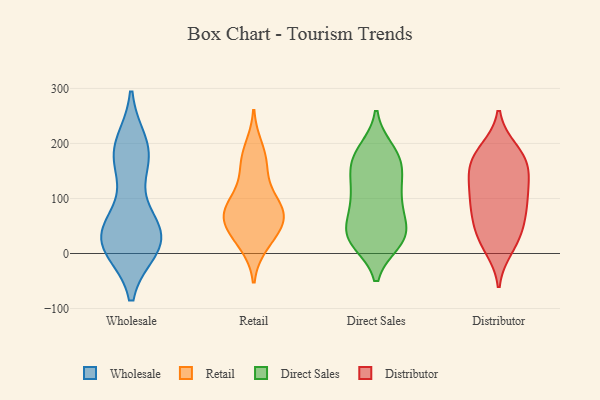
{"axis": {"x": "Latency (ms)", "y": "Value"}, "legend": ["Direct Sales", "Distributor", "Retail", "Wholesale"], "data": [{"x": "", "y": 26, "type": "Wholesale"}, {"x": "", "y": 167, "type": "Wholesale"}, {"x": "", "y": 18, "type": "Wholesale"}, {"x": "", "y": 15, "type": "Wholesale"}, {"x": "", "y": 11, "type": "Wholesale"}, {"x": "", "y": 36, "type": "Wholesale"}, {"x": "", "y": 185, "type": "Wholesale"}, {"x": "", "y": 25, "type": "Wholesale"}, {"x": "", "y": 44, "type": "Wholesale"}, {"x": "", "y": 173, "type": "Wholesale"}, {"x": "", "y": 25, "type": "Wholesale"}, {"x": "", "y": 198, "type": "Wholesale"}, {"x": "", "y": 185, "type": "Wholesale"}, {"x": "", "y": 68, "type": "Wholesale"}, {"x": "", "y": 116, "type": "Retail"}, {"x": "", "y": 15, "type": "Retail"}, {"x": "", "y": 87, "type": "Retail"}, {"x": "", "y": 87, "type": "Retail"}, {"x": "", "y": 161, "type": "Retail"}, {"x": "", "y": 56, "type": "Retail"}, {"x": "", "y": 60, "type": "Retail"}, {"x": "", "y": 52, "type": "Retail"}, {"x": "", "y": 65, "type": "Retail"}, {"x": "", "y": 81, "type": "Retail"}, {"x": "", "y": 193, "type": "Retail"}, {"x": "", "y": 24, "type": "Retail"}, {"x": "", "y": 164, "type": "Retail"}, {"x": "", "y": 37, "type": "Direct Sales"}, {"x": "", "y": 24, "type": "Direct Sales"}, {"x": "", "y": 21, "type": "Direct Sales"}, {"x": "", "y": 85, "type": "Direct Sales"}, {"x": "", "y": 104, "type": "Direct Sales"}, {"x": "", "y": 145, "type": "Direct Sales"}, {"x": "", "y": 119, "type": "Direct Sales"}, {"x": "", "y": 186, "type": "Direct Sales"}, {"x": "", "y": 175, "type": "Direct Sales"}, {"x": "", "y": 172, "type": "Direct Sales"}, {"x": "", "y": 155, "type": "Direct Sales"}, {"x": "", "y": 83, "type": "Direct Sales"}, {"x": "", "y": 58, "type": "Direct Sales"}, {"x": "", "y": 32, "type": "Direct Sales"}, {"x": "", "y": 188, "type": "Direct Sales"}, {"x": "", "y": 21, "type": "Direct Sales"}, {"x": "", "y": 38, "type": "Direct Sales"}, {"x": "", "y": 33, "type": "Direct Sales"}, {"x": "", "y": 150, "type": "Direct Sales"}, {"x": "", "y": 103, "type": "Direct Sales"}, {"x": "", "y": 95, "type": "Distributor"}, {"x": "", "y": 96, "type": "Distributor"}, {"x": "", "y": 10, "type": "Distributor"}, {"x": "", "y": 100, "type": "Distributor"}, {"x": "", "y": 128, "type": "Distributor"}, {"x": "", "y": 71, "type": "Distributor"}, {"x": "", "y": 155, "type": "Distributor"}, {"x": "", "y": 56, "type": "Distributor"}, {"x": "", "y": 164, "type": "Distributor"}, {"x": "", "y": 153, "type": "Distributor"}, {"x": "", "y": 124, "type": "Distributor"}, {"x": "", "y": 186, "type": "Distributor"}, {"x": "", "y": 21, "type": "Distributor"}, {"x": "", "y": 27, "type": "Distributor"}, {"x": "", "y": 55, "type": "Distributor"}, {"x": "", "y": 188, "type": "Distributor"}, {"x": "", "y": 172, "type": "Distributor"}]}